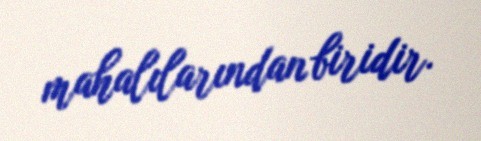
mahalılarından biridir.